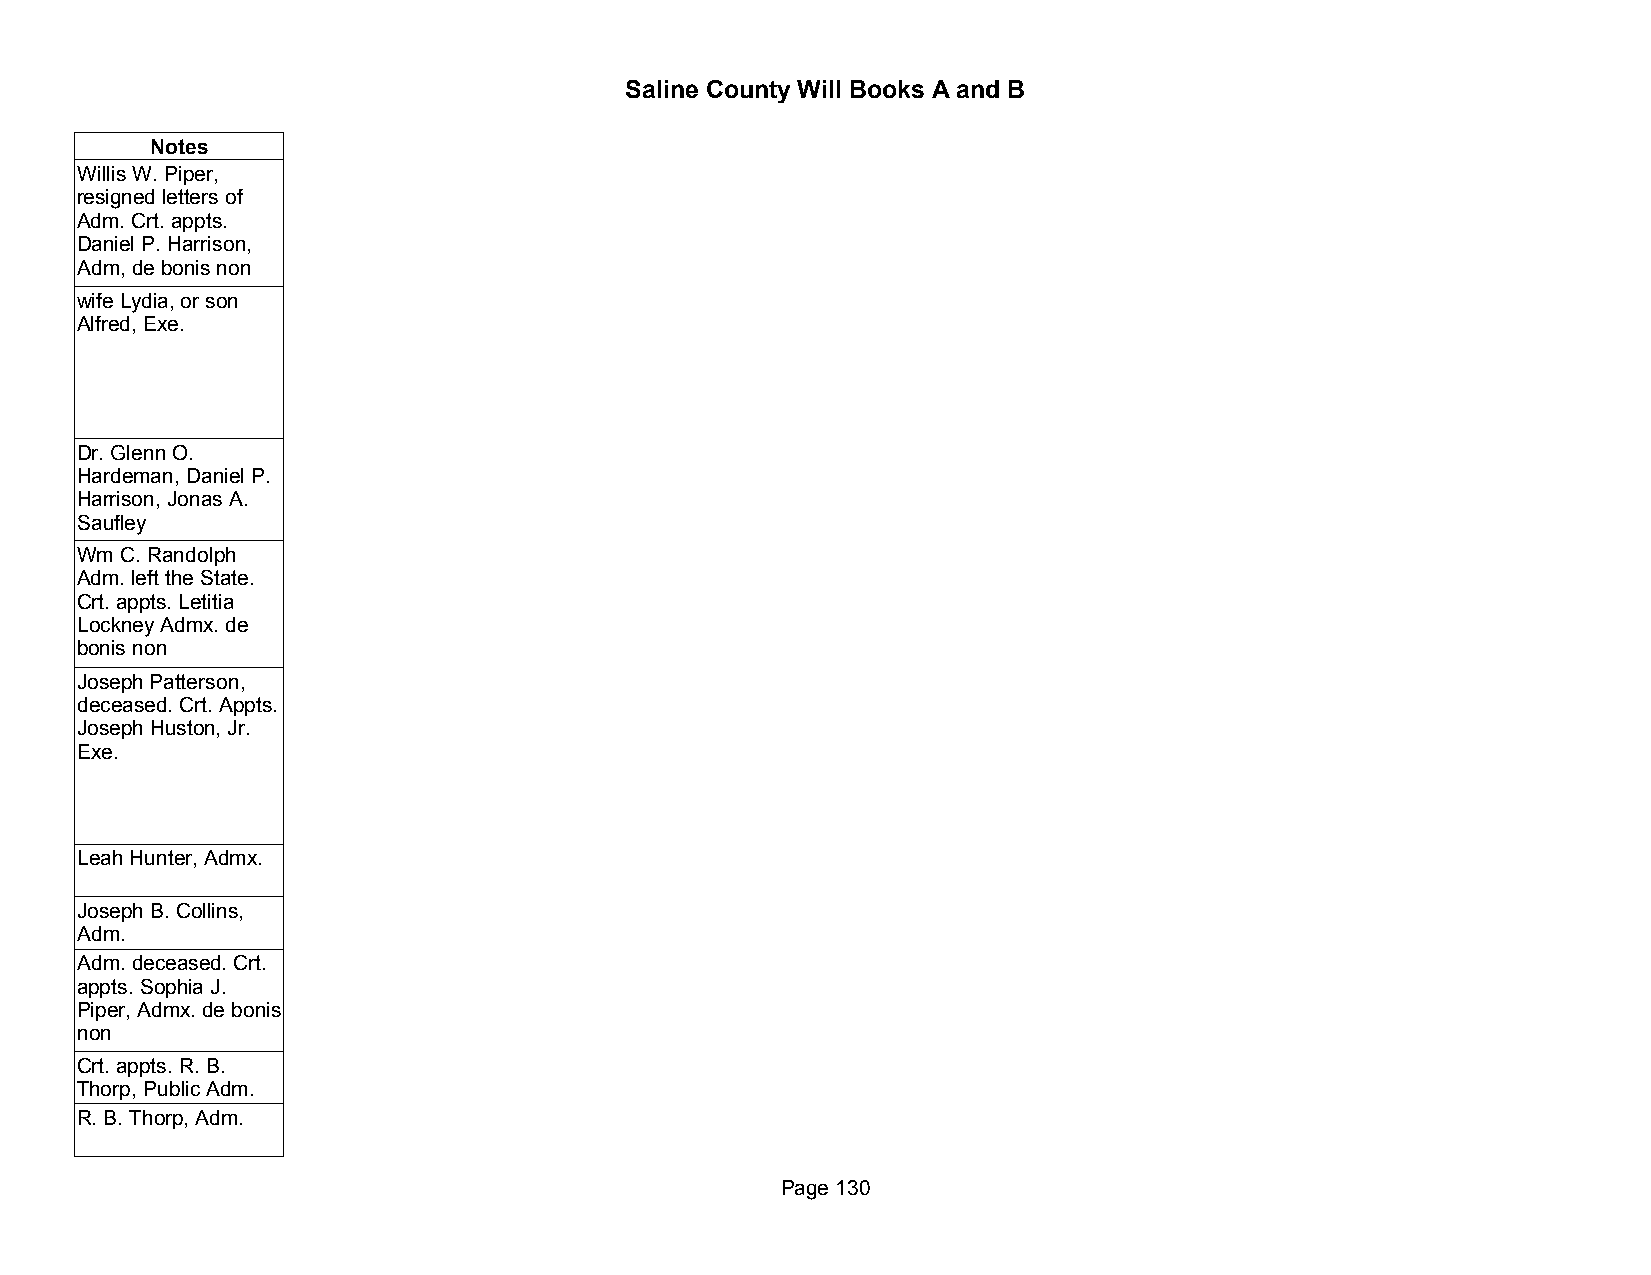
Saline County Will Books A and B
 Notes
 Willis W. Piper,
 resigned letters of
 Adm. Crt. appts.
 Daniel P. Harrison,
 Adm, de bonis non
 wife Lydia, or son
 Alfred, Exe.
 Dr. Glenn O.
 Hardeman, Daniel P.
 Harrison, Jonas A.
 Saufley
 Wm C. Randolph
 Adm. left the State.
 Crt. appts. Letitia
 Lockney Admx. de
 bonis non
 Joseph Patterson,
 deceased. Crt. Appts.
 Joseph Huston, Jr.
 Exe.
 Leah Hunter, Admx.
 Joseph B. Collins,
 Adm.
 Adm. deceased. Crt.
 appts. Sophia J.
 Piper, Admx. de bonis
 non
 Crt. appts. R. B.
 Thorp, Public Adm.
 R. B. Thorp, Adm.
 Page 130